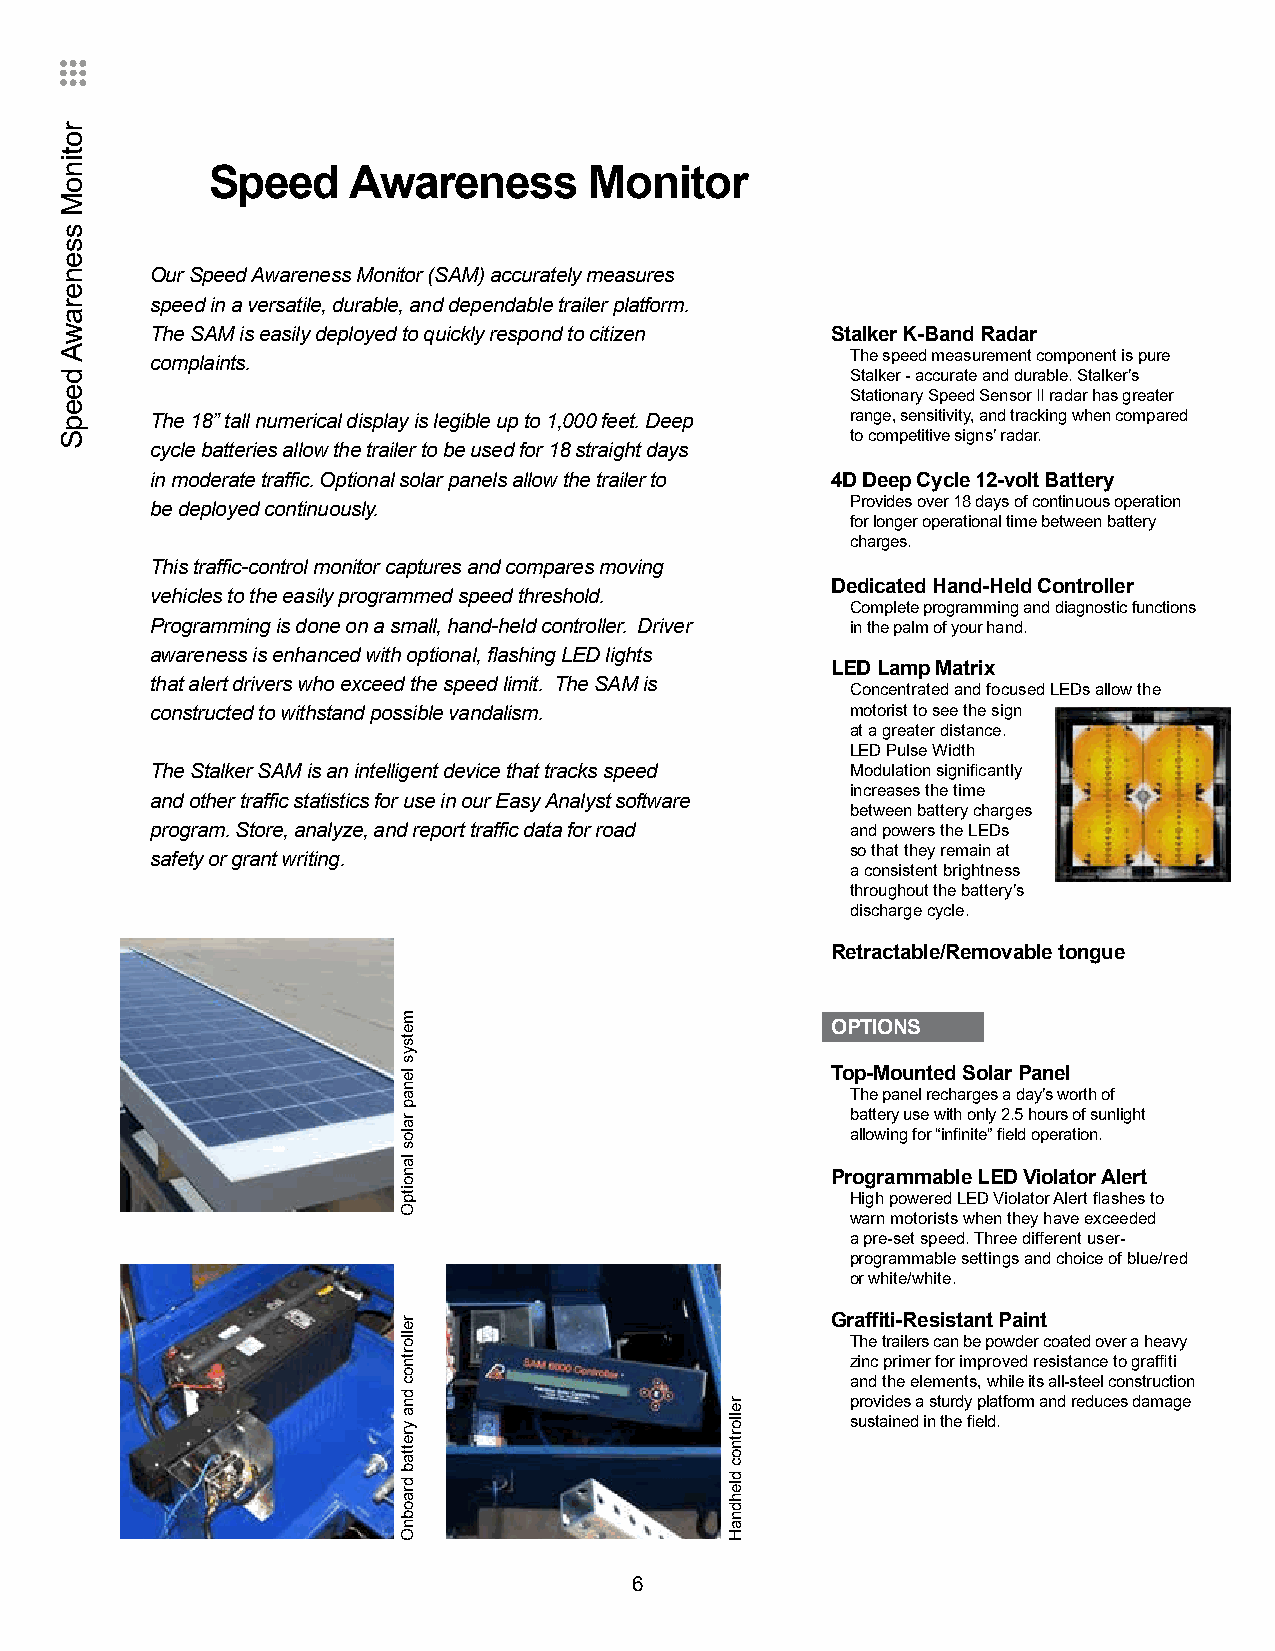
Speed    Awareness       Monitor
 Our Speed Awareness Monitor (SAM) accurately measures
 speed in a versatile, durable, and dependable trailer platform.
 The SAM is easily deployed to quickly respond to citizen Stalker K-Band Radar
 The speed measurement component is pure
 complaints.
 Stalker - accurate and durable. Stalker’s
 Stationary Speed Sensor II radar has greater
 The 18” tall numerical display is legible up to 1,000 feet. Deep range, sensitivity, and tracking when compared
 to competitive signs’ radar.
 cycle batteries allow the trailer to be used for 18 straight days
 in moderate traffic. Optional solar panels allow the trailer to 4D Deep Cycle 12-volt Battery
 Provides over 18 days of continuous operation
 be deployed continuously.
 for longer operational time between battery
 charges.
 This traffic-control monitor captures and compares moving
 Dedicated Hand-Held Controller
 vehicles to the easily programmed speed threshold.
 Complete programming and diagnostic functions
 Programming is done on a small, hand-held controller. Driver in the palm of your hand.
 awareness is enhanced with optional, flashing LED lights
 LED Lamp Matrix
 that alert drivers who exceed the speed limit. The SAM is
 Concentrated and focused LEDs allow the
 constructed to withstand possible vandalism.  motorist to see the sign
 at a greater distance.
 LED Pulse Width
 The Stalker SAM is an intelligent device that tracks speed Modulation significantly
 increases the time
 and other traffic statistics for use in our Easy Analyst software
 between battery charges
 program. Store, analyze, and report traffic data for road and powers the LEDs
 so that they remain at
 safety or grant writing.
 a consistent brightness
 throughout the battery’s
 discharge cycle.
 Retractable/Removable tongue
 OPTIONS
 Top-Mounted Solar Panel
 The panel recharges a day’s worth of
 battery use with only 2.5 hours of sunlight
 allowing for “infinite” field operation.
 Programmable LED Violator Alert
 High powered LED Violator Alert flashes to
 warn motorists when they have exceeded
 a pre-set speed. Three different user-
 programmable settings and choice of blue/red
 or white/white.
 Graffiti-Resistant Paint
 The trailers can be powder coated over a heavy
 zinc primer for improved resistance to graffiti
 and the elements, while its all-steel construction
 provides a sturdy platform and reduces damage
 sustained in the field.
 6
 rotinoM
 ssenerawA
 deepS
 metsys
 lenap
 ralos
 lanoitpO
 rellortnoc
 dna
 yrettab
 draobnO
 rellortnoc
 dlehdnaH